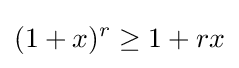
(1+x)^{r}\geq 1+rx